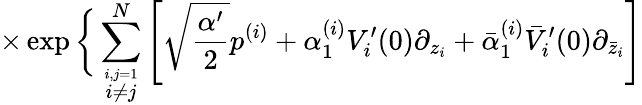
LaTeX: \times\exp\bigg\{ \sum_{\stackrel{i,j=1}{i\neq j}}^{N}\left[\sqrt{\frac{\alpha^{\prime}}{2}}p^{(i)}+\alpha_{1}^{(i)}V_{i}^{\prime}(0)\partial_{z_{i}}+\bar{\alpha}_{1}^{(i)}\bar{V}_{i}^{\prime}(0)\partial_{\bar{z}_{i}}\right]